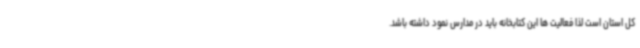
کل استان است لذا فعالیت ها این کتابخانه باید در مدارس نمود داشته باشد.